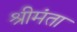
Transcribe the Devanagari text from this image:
श्रीमंता